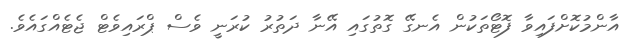
އާންމުކޮށްފައިވާ ފޮޓޯތަކުން އެނގޭ ގޮތުގައި އޭނާ ދަތުރު ކުރަނީ ވެސް ޕްރައިވެޓް ޖެޓެއްގައެވެ.